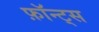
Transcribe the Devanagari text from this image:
फ़ॉन्ट्‍स